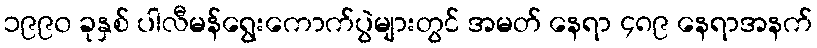
၁၉၉၀ ခုနှစ် ပါလီမန်ရွေးကောက်ပွဲများတွင် အမတ် နေရာ ၄၈၉ နေရာအနက်